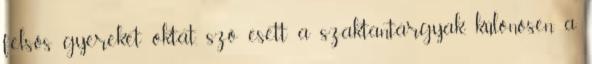
felsős gyereket oktat, szó esett a szaktantárgyak, különösen a